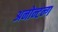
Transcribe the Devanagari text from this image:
अनोन्टन्ग